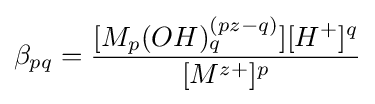
\beta _{pq}={\frac {[M_{p}(OH)_{q}^{(pz-q)}][H^{+}]^{q}}{[M^{z+}]^{p}}}